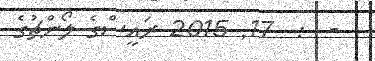
-  :  17